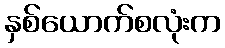
နှစ်ယောက်စလုံးက